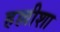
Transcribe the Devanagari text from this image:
हल्लीशा